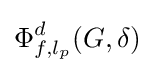
\Phi _{f,l_{p}}^{d}(G,\delta )